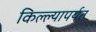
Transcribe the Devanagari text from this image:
किल्ल्यापर्यत